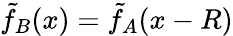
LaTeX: \tilde{f}_{B}(x)=\tilde{f}_{A}(x-R)